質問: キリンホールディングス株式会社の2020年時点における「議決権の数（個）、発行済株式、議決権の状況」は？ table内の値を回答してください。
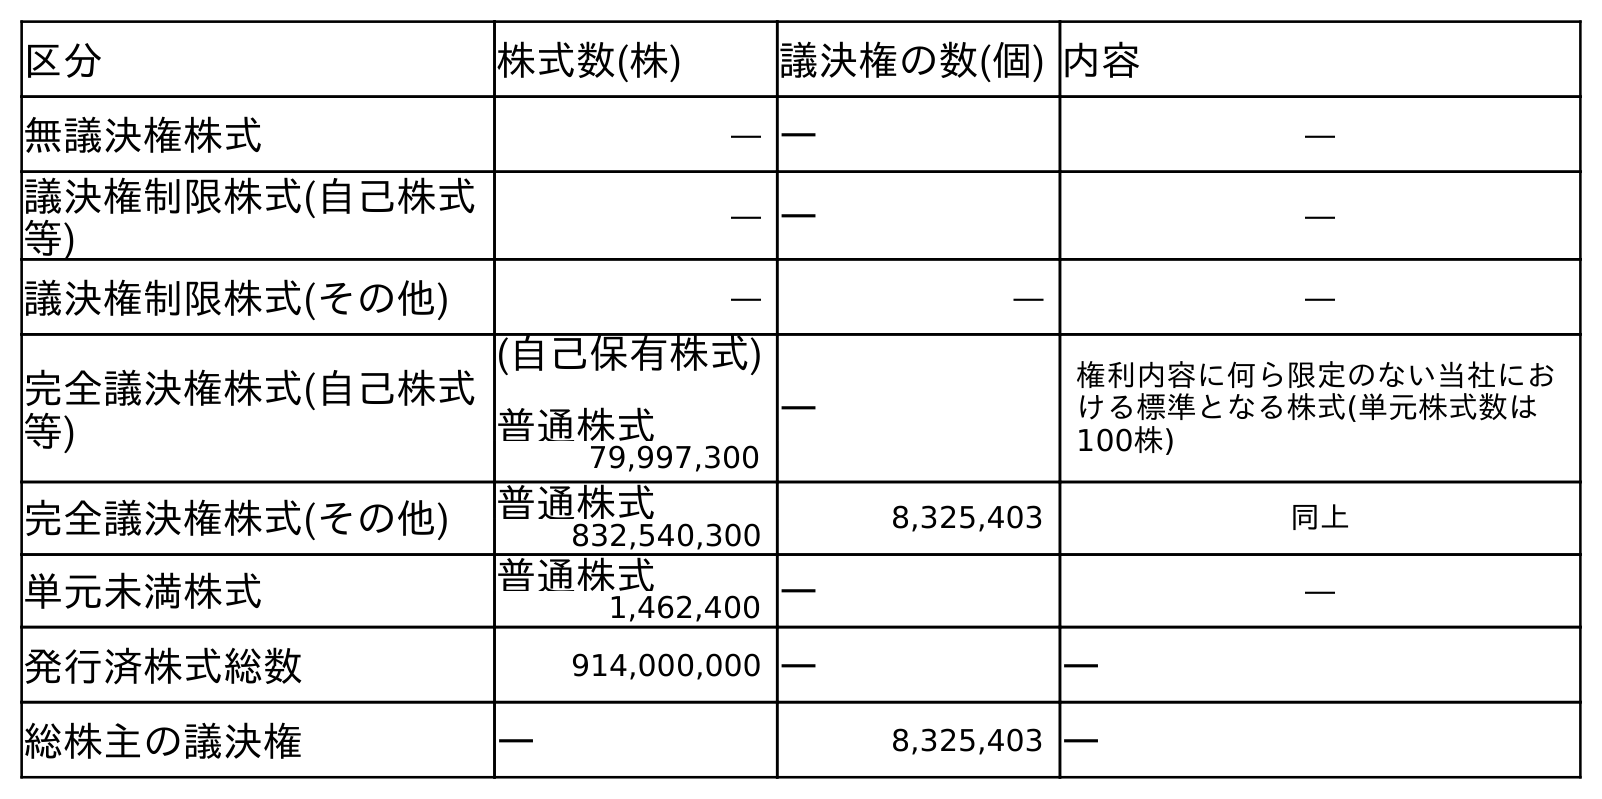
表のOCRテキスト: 区分 株式数(株) 議決権の数(個) 内容 無議決権株式 ― ― ― 議決権制限株式(自己株式 等) ― ― ― 議決権制限株式(その他) ― ― ― 完全議決権株式(自己株式 等) (自己保有株式) 普通株式 ― 権利内容に何ら限定のない当社にお ける標準となる株式(単元株式数は 100株) 79,997,300 完全議決権株式(その他) 普通株式 8,325,403 同上 832,540,300 単元未満株式 普通株式 ― ― 1,462,400 発行済株式総数 914,000,000 ― ― 総株主の議決権 ― 8,325,403 ―
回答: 8,325,403